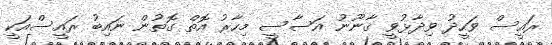
ރައީސް ވަހީދު ވިދާޅުވީ ޤާނޫނު އަސާސީ މިހާރު އޮތް ގޮތުން ނައިބު ރައީސްއަކީ